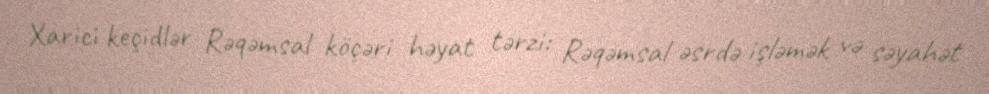
Xarici keçidlər Rəqəmsal köçəri həyat tərzi: Rəqəmsal əsrdə işləmək və səyahət